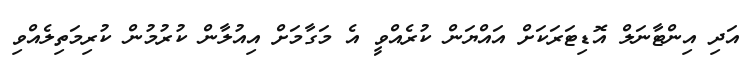
އަދި އިންޓާނަލް އޮޑިޓަރަކަށް އައްޔަން ކުރެއްވީ އެ މަގާމަށް އިއުލާން ކުރުމުން ކުރިމަތިލެއްވި